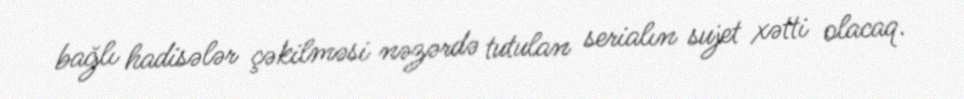
bağlı hadisələr çəkilməsi nəzərdə tutulan serialın sujet xətti olacaq.